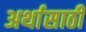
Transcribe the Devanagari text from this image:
अर्थासाठी